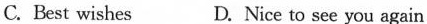
C.Best wishes D. Nice to see you again